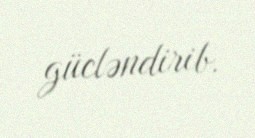
gücləndirib.